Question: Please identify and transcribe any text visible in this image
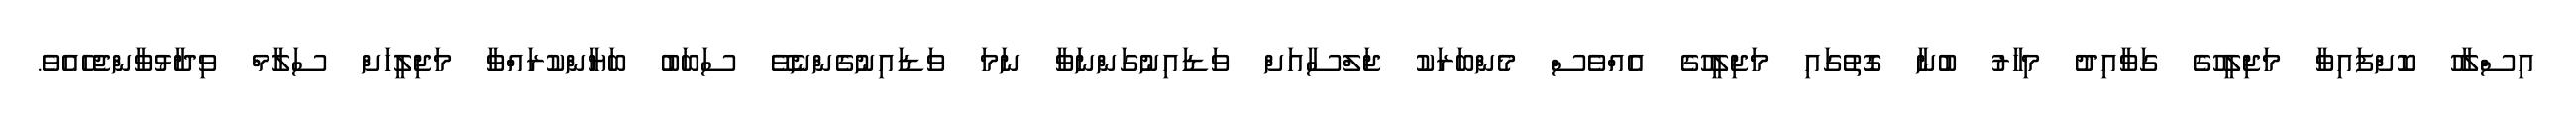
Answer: އިސްލާހު ކޮށްފައިވާ މަޖިލީހުގެ ގަވާއިދު މިހާރު ބުނާ ގޮތުގައި މަޖިލީހުގެ އެއްވެސް މެންބަރަކު ޖަލްސާއަށް ވަޑައިނުގަންނަވާ ނަމަ ވަޑައިނުގެންނެވޭ ސަބަބު ބަޔާންކުރައްވާ މަޖިލީހަށް ސަލާމް ވިދާޅުވާންޖެހެއެވެ.